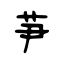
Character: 芛